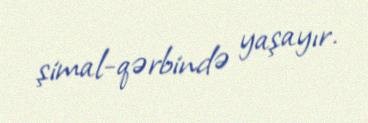
şimal-qərbində yaşayır.